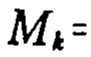
\(M_{k}=\)